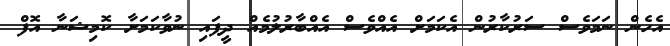
އެހެން ނަމަވެސް ސަރުކާރުން އެކަމަށް އެއްވެސް އެއްބާރުލުމެއް ދީފައި ނުވާކަމަށާ ކޮމިޝަނާ އޮފް